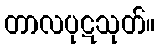
တာလပုဋသုတ်။